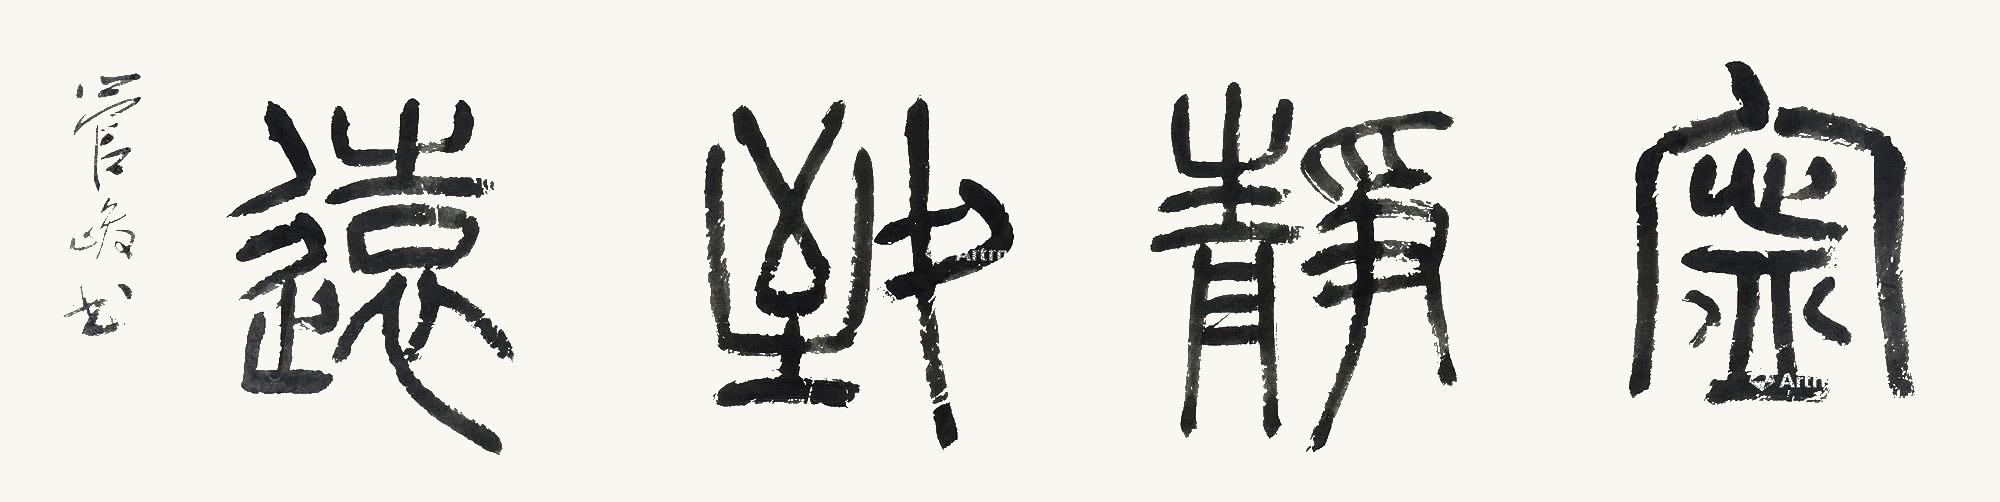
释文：宁静致远管峻书。